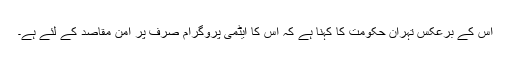
اس کے برعکس تہران حکومت کا کہنا ہے کہ اس کا ایٹمی پروگرام صرف پر امن مقاصد کے لئے ہے۔